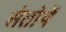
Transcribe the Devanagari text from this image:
संतोषें